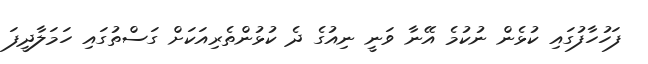
ފަހުހާފުގައި ކުޅެން ނުކުމެ އޭނާ ވަނީ ނިއުގެ ދެ ކުޅުންތެރިއަކަށް ގަސްތުގައި ހަމަލާދީފަ